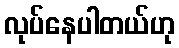
လုပ်နေပါတယ်ဟု